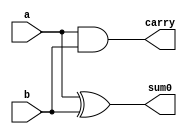
module halfadder(a,b,sum0,carry);
input a,b;
output sum0,carry;
 assign sum0=a^b;
and(carry,a,b);
endmodule

module fulladder(c,d,cin,cout,sum1);
input c,d,cin;
output sum1,cout;
wire temp,temp1,temp2;
halfadder a1 (.a(c),.b(d),.sum0(temp),.carry(temp1));
halfadder a2 (.a(temp),.b(cin),.sum0(sum1),.carry(temp2));
or(cout,temp1,temp2);
endmodule

module bitsubtractor(e,f,cin1,cout1,out1);
input [3:0]e,f;
input cin1;
output cout1;
output [3:0]out1;
wire w1,w2,w3;
wire ww1,ww2,ww3,ww4;
not(ww1,f[0]);
not(ww1,f[1]);
not(ww1,f[2]);
not(ww1,f[3]);
fulladder a2(.c(e[0]),.d(ww1),.cin(cin1),.cout(w1),.sum1(out1[0]));
fulladder a3(.c(e[1]),.d(ww2),.cin(w1),.cout(w2),.sum1(out1[1]));
fulladder a4(.c(e[2]),.d(ww3),.cin(w2),.cout(w3),.sum1(out1[2]));
fulladder a5(.c(e[3]),.d(ww4),.cin(w3),.cout(cout1),.sum1(out1[3]));
endmodule

module bbitsubtractor(g,h,out2,cout2);
input [7:0]g,h;
output [7:0]out2;output cout2;
wire w4;
bitsubtractor a6(.e({g[3],g[2],g[1],g[0]}),.f({h[3],h[2],h[1],h[0]}),.cin1(1'b1),.cout1(w4),.out1({out2[3],out2[2],out2[1],out2[0]}));
bitsubtractor a7(.e({g[7],g[6],g[5],g[4]}),.f({h[7],h[6],h[5],h[4]}),.cin1(w4),.cout1(cout2),.out1({out2[7],out2[6],out2[5],out2[4]}));
endmodule